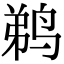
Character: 鹈